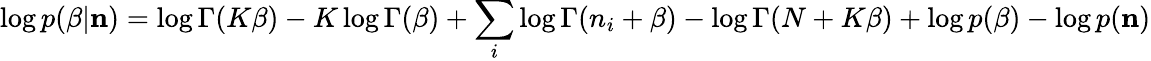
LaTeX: \log p(\beta|{\mathbf n})=\log\Gamma(K\beta)-K\log\Gamma(\beta)+\sum_{i}\log\Gamma(n_{i}+\beta)-\log\Gamma(N+K\beta)+\log p(\beta)-\log p({\mathbf n})